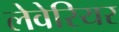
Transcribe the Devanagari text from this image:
लेवेरियर